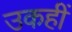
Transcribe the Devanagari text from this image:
उकहीं